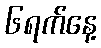
၆ရက်နေ့